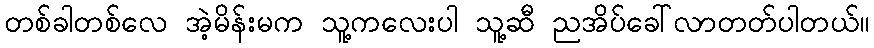
တစ်ခါတစ်လေ အဲ့မိန်းမက သူ့ကလေးပါ သူ့ဆီ ညအိပ်ခေါ်လာတတ်ပါတယ်။